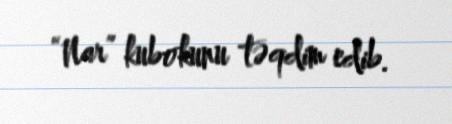
“Nar” kubokunu təqdim edib.